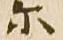
尓